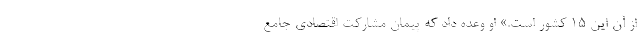
از آنِ این ۱۵ کشور است.» او وعده داد که پیمان مشارکت اقتصادی جامع